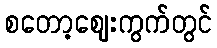
စတော့ဈေးကွက်တွင်